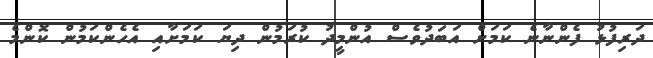
ދަރިފުޅު ފެންނާނެ ކަމަށް އަބަދުވެސް އުންމީދު ކުރަމުން ދިޔަ ކަމަށާއި އެހެންކަމުން ކޮންމެ